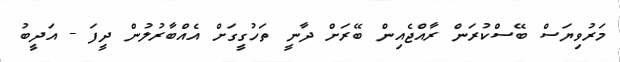
މަރުވިޔަސް ބޭސްކުރަން ރާއްޖެއިން ބޭރަށް ދާނީ ތަހުގީގަށް އެއްބާރުލުން ދީފަ - އަދީބު